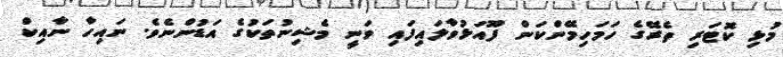
މުޅި ކޮޓަރި ތެރޭގެ ހަމަހިމޭންކަން ފޫއަޅުވާލައިފައި ވަނީ މެޝިނުތަކުގެ އަޑުންނެވެ. ނައިހާ ނާއިކް